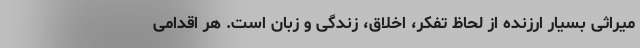
میراثی بسیار ارزنده‌ از لحاظ تفکر، اخلاق، زندگی و زبان است. هر اقدامی